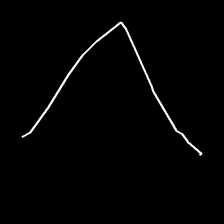
Glyph: region